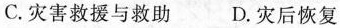
C.灾害救援与救助 D.灾后恢复